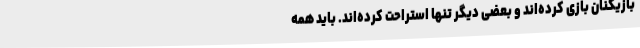
بازیکنان بازی کرده‌اند و بعضی دیگر تنها استراحت کرده‌اند. باید همه